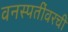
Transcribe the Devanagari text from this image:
वनस्पतींवरची